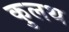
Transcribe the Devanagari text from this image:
कुलथ